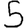
Digit: 5